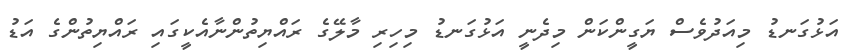
އަޅުގަނޑު މިއަދުވެސް ޔަގީންކަން މިދެނީ އަޅުގަނޑު މިހިރި މާލޭގެ ރައްޔިތުންނާއެކީގައި ރައްޔިތުންގެ އަޑު